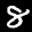
Label: 8